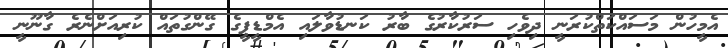
އެމީހުން މަސައްކަތްކުރަނީ ދިވެހި ސަރުކާރުގެ ބާރު ކަނޑުވާލައި އެމްޑީޕީގެ ގޭންގުތައް ކުރިއަށްނެރެ ގާނޫނީ